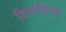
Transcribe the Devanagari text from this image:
डिमाक्रिट्स